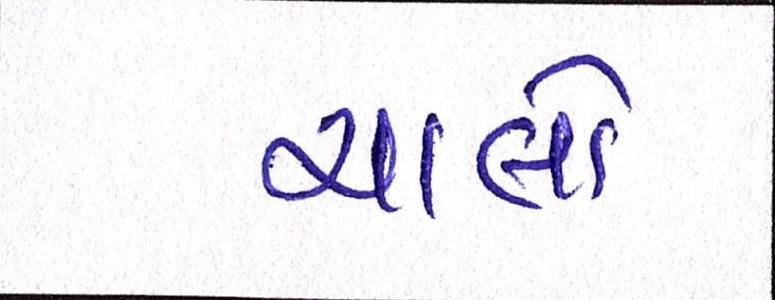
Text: ચાલો